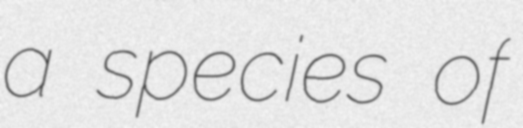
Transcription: a species of